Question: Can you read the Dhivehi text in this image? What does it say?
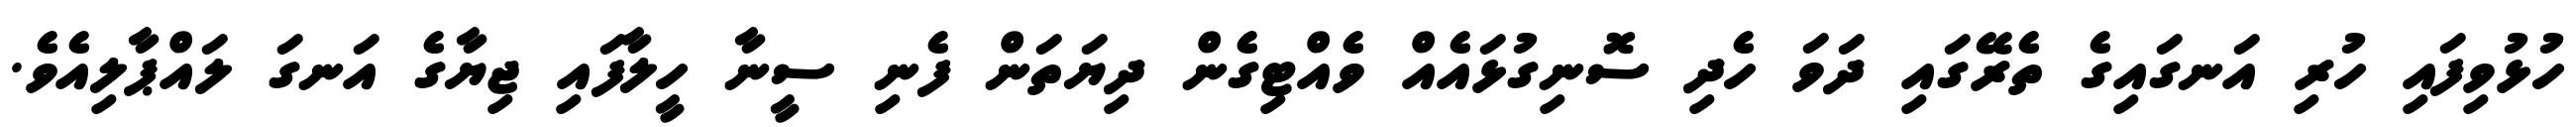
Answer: ހުޅުވިފައި ހުރި އަނގައިގެ ތެރޭގައި ދަވަ ހެދި ސޮނިގުޅައެއް ވެއްޓިގެން ދިޔަތަން ފެނި ސީނާ ހީލާފައި ޖިޔާގެ އަނގަ ލައްޕާލިއެވެ.